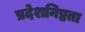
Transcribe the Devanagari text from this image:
प्रदेशनिष्ठता